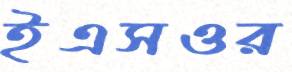
ইএসওর